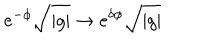
e ^ { - \phi } \sqrt { | g | } \rightarrow e ^ { \delta \phi } \sqrt { | g | }